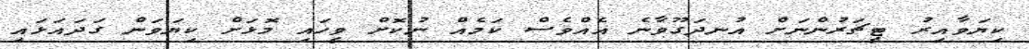
ކިޔަވާއިރު ޓީޗަރުންނަށް އުނދަގޫވާނެ އެއްވެސް ކަމެއް ނުކޮށް ވީހައި މޮޅަށް ކިޔަވަން ގަދައަޅައި